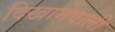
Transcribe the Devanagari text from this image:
दिखानेवाली